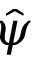
\hat { \psi }